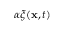
\alpha \boldsymbol { \xi } ( { \mathbf { x } } , t )